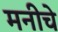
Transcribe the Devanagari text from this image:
मनीचे